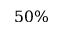
5 0 \%